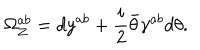
LaTeX: \Omega _ { Z } ^ { a b } = d y ^ { a b } + { \frac { i } { 2 } } \bar { \theta } \gamma ^ { a b } d \theta .